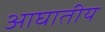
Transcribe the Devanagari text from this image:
आघातीय